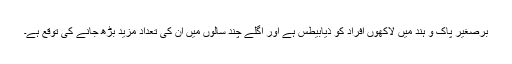
برصغیر پاک و ہند میں لاکھوں افراد کو ذیابیطس ہے اور اگلے چند سالوں میں ان کی تعداد مزید بڑھ جانے کی توقع ہے۔